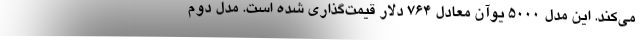
می‌کند. این مدل ۵۰۰۰ یوآن معادل 764 دلار قیمت‌گذاری شده است. مدل دوم